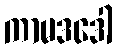
ကာမဒဒေါ